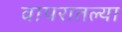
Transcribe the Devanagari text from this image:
वापरातल्या